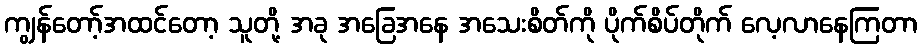
ကျွန်တော့်အထင်တော့ သူတို့ အခု အခြေအနေ အသေးစိတ်ကို ပိုက်စိပ်တိုက် လေ့လာနေကြတာ